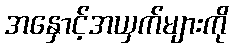
အနှောင့်အယှက်များကို